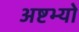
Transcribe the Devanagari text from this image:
अष्टभ्यो